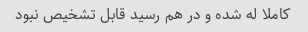
کاملا له شده و در هم رسید قابل تشخیص نبود